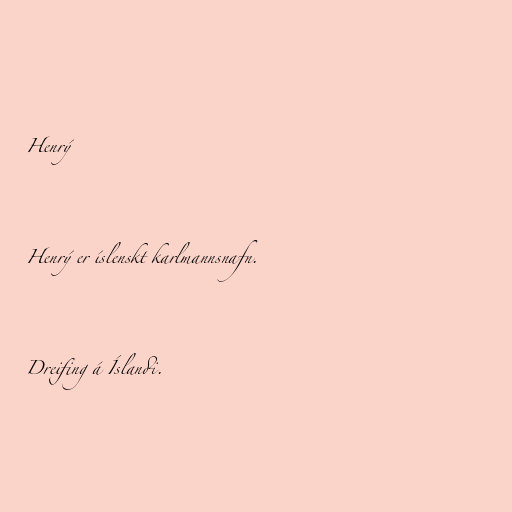
Henrý

Henrý er íslenskt karlmannsnafn.

Dreifing á Íslandi.